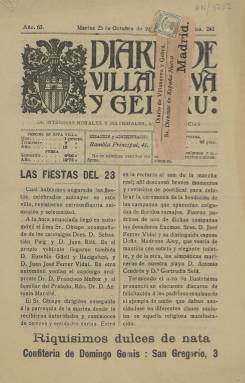
Título: Diario de Villanueva y Geltrú
Colección: Periódicos
Ámbito geográfico: Barcelona
Lugar de publicación: Vilanova i la Geltrú, Barcelona
Fechas: 25/10/1910-25/10/1910